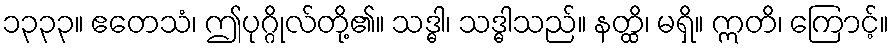
၁၃၃၃။ ဧတေသံ၊ ဤပုဂ္ဂိုလ်တို့၏။ သဒ္ဓါ၊ သဒ္ဓါသည်။ နတ္ထိ၊ မရှိ။ ဣတိ၊ ကြောင့်။